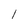
Character: 1